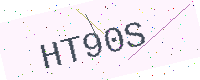
Text: HT90S